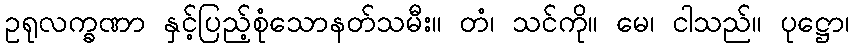
ဥရုလက္ခဏာ နှင့်ပြည့်စုံသောနတ်သမီး။ တံ၊ သင်ကို။ မေ၊ ငါသည်။ ပုဋ္ဌော၊